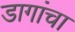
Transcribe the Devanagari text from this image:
डागांचा